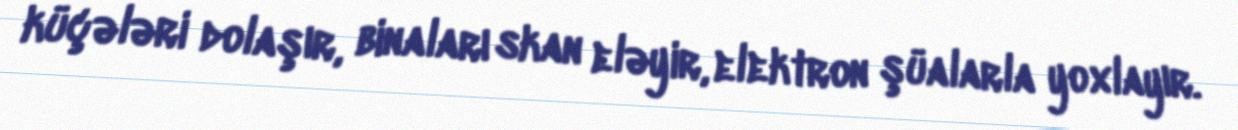
küçələri dolaşır, binaları skan eləyir, elektron şüalarla yoxlayır.